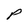
Character: P